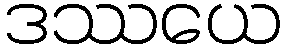
ဒဿယေ